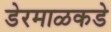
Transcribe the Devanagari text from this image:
डेरमाळकडे